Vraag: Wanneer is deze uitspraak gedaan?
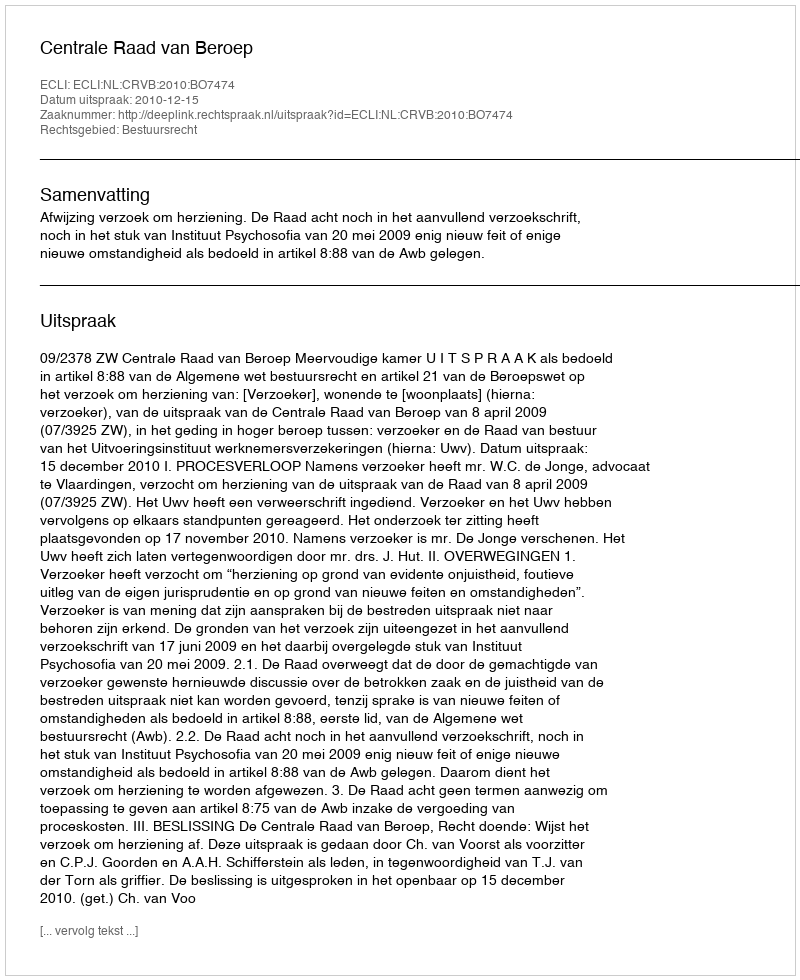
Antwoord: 2010-12-15